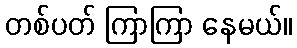
တစ်ပတ် ကြာကြာ နေမယ်။